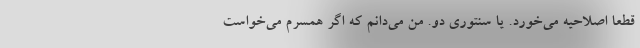
قطعا اصلاحیه می‌خورد. یا سنتوری دو. من می‌دانم که اگر همسرم می‌خواست